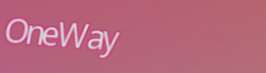
OneWay